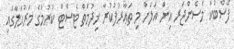
ފޭސްބުކް މެސެންޖަރ އިން އަލަށް މި ތަޢާރުފުކުރާ ޚިދުމަތް ޓެސްޓް ކުރުމުގެ މަރުޙަލާގައި